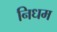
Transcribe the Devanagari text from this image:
निधम